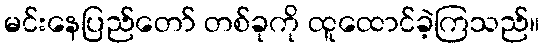
မင်းနေပြည်တော် တစ်ခုကို ထူထောင်ခဲ့ကြသည်။